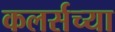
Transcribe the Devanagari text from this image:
कलर्सच्या